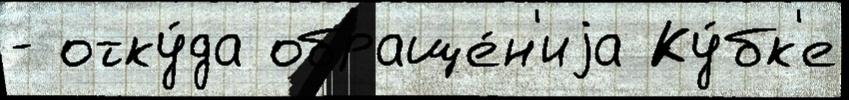
- отку́да обраще́н'иjа Ку́бк'е